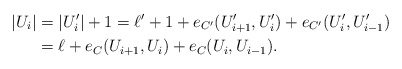
\begin{align*}|U_i|&=|U_i'|+1=\ell'+1 +e_{C'}(U_{i+1}', U_i')+e_{C'}(U_i', U_{i-1}')\\&=\ell+e_C(U_{i+1}, U_i)+e_C(U_i, U_{i-1}).\end{align*}